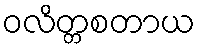
ဝလိတ္တစတာယ